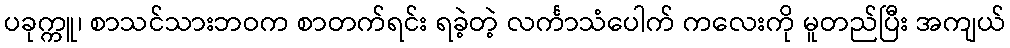
ပခုက္ကူ၊ စာသင်သားဘဝက စာတက်ရင်း ရခဲ့တဲ့ လင်္ကာသံပေါက် ကလေးကို မူတည်ပြီး အကျယ်